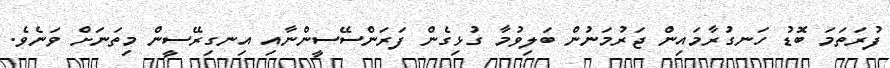
ފުރަތަމަ ބޮޑު ހަނގުރާމައިން ޖަރުމަނުން ބަލިވުމާ ގުޅިގެން ފަރަންސޭސީންނާއި އިނގިރޭސީން މިތަނަށް ވަނެވެ.